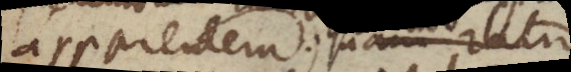
apparentem, nam ratio